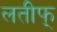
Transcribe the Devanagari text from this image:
लतीफ्